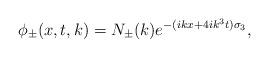
LaTeX: \begin{align*} \phi_{\pm}(x,t,k)=N_{\pm}(k)e^{-(ikx+4ik^3t)\sigma_3},\end{align*}